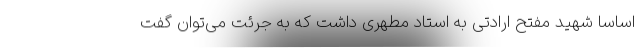
اساساً شهید مفتح ارادتی به استاد مطهری داشت که به جرئت می‌توان گفت